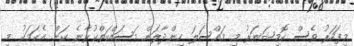
މިފަހަރު ވެސް ކޮމިޝަނަރު މި މައްސަލަ ހިންދާލަން މަސައްކަތްކުރާނެ ކަން. އެކަމަކު މި